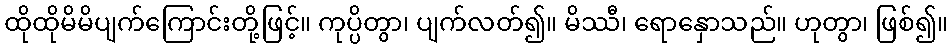
ထိုထိုမိမိပျက်ကြောင်းတို့ဖြင့်။ ကုပ္ပိတွာ၊ ပျက်လတ်၍။ မိဿီ၊ ရောနှောသည်။ ဟုတွာ၊ ဖြစ်၍။